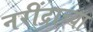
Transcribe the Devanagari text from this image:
नरींद्राच्या